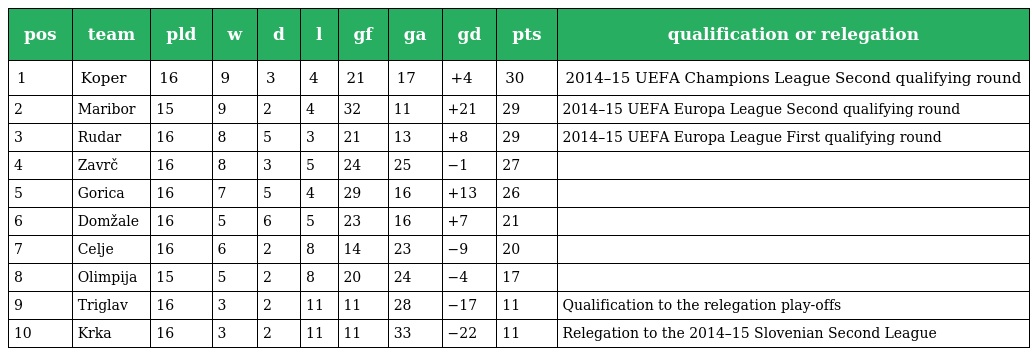
| pos | team | pld | w | d | l | gf | ga | gd | pts | qualification or relegation |
 | --- | --- | --- | --- | --- | --- | --- | --- | --- | --- | --- |
 | 1 | Koper | 16 | 9 | 3 | 4 | 21 | 17 | +4 | 30 | 2014–15 UEFA Champions League Second qualifying round |
 | 2 | Maribor | 15 | 9 | 2 | 4 | 32 | 11 | +21 | 29 | 2014–15 UEFA Europa League Second qualifying round |
 | 3 | Rudar | 16 | 8 | 5 | 3 | 21 | 13 | +8 | 29 | 2014–15 UEFA Europa League First qualifying round |
 | 4 | Zavrč | 16 | 8 | 3 | 5 | 24 | 25 | −1 | 27 |  |
 | 5 | Gorica | 16 | 7 | 5 | 4 | 29 | 16 | +13 | 26 |  |
 | 6 | Domžale | 16 | 5 | 6 | 5 | 23 | 16 | +7 | 21 |  |
 | 7 | Celje | 16 | 6 | 2 | 8 | 14 | 23 | −9 | 20 |  |
 | 8 | Olimpija | 15 | 5 | 2 | 8 | 20 | 24 | −4 | 17 |  |
 | 9 | Triglav | 16 | 3 | 2 | 11 | 11 | 28 | −17 | 11 | Qualification to the relegation play-offs |
 | 10 | Krka | 16 | 3 | 2 | 11 | 11 | 33 | −22 | 11 | Relegation to the 2014–15 Slovenian Second League |